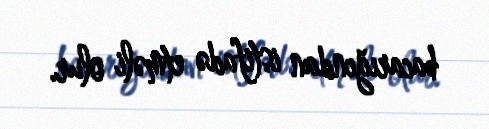
bacarığından istifadə etməli olur.